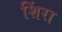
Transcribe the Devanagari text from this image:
शिंरा